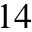
^ { 1 4 }